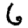
Digit: 6